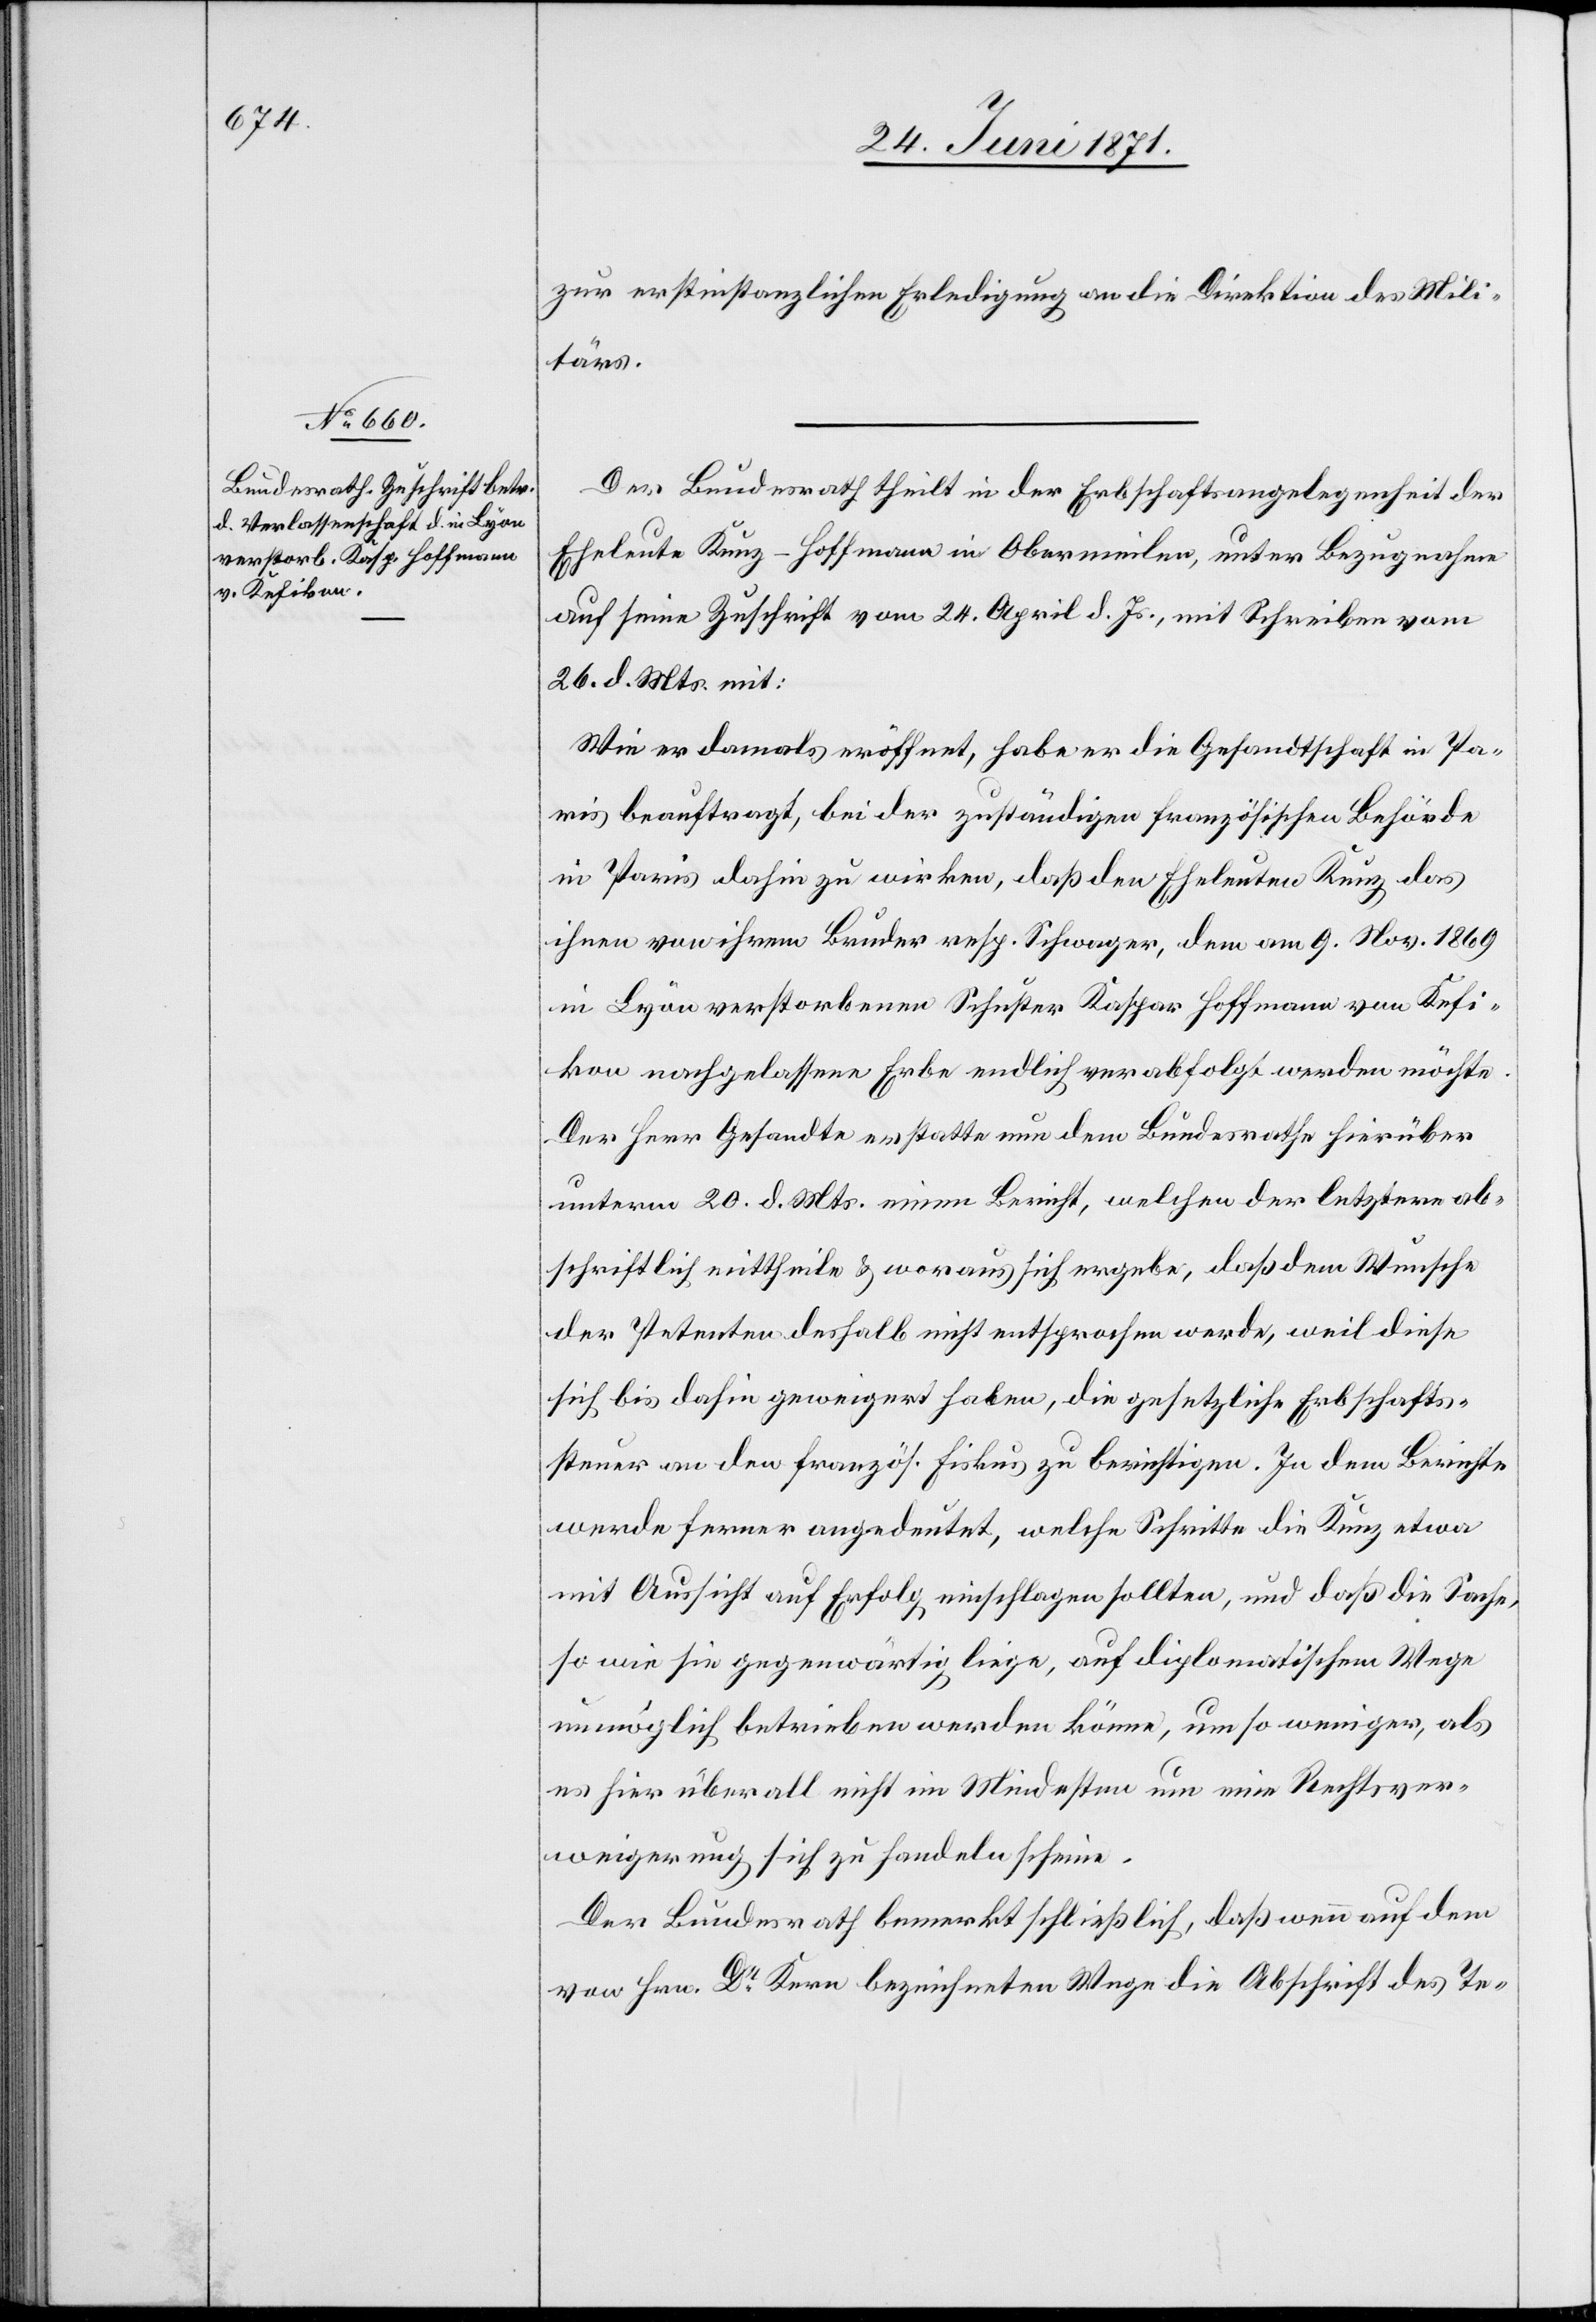
28. Juni 1871.]
zur erstinstanzlichen Erledigung an die Direktion des Mili¬
tärs.
Der Bundesrath theilt in der Erbschaftsangelegenheit der
Eheleute Kunz-Hoffmann in Obermeilen, unter Bezugnahme
auf seine Zuschrift vom 24. April d. Js., mit Schreiben vom
26. d. Mts. mit:
Wie er damals eröffnet, habe er die Gesandtschaft in Pa¬
ris beauftragt, bei der zuständigen französischen Behörde
in Paris dahin zu wirken, daß den Eheleuten Kunz das
ihnen von ihrem Bruder resp. Schwager, dem am 9. Nov. 1869
in Lyon verstorbenen Schuster Kaspar Hoffmann von Kefi¬
kon nachgelassene Erbe endlich verabfolgt werden möchte.
Der Herr Gesandte erstatte nun dem Bundesrathe hierüber
unterm 20. d. Mts. einen Bericht, welchen der letztere ab¬
schriftlich mittheile u. voraus sich ergebe, daß dem Wunsche
der Petenten deshalb nicht entsprochen werde, weil diese
sich bis dahin geweigert haben, die gesetzliche Erbschafts¬
teuer an den französ. Fiskus zu berichtigen. In dem Berichte
werden ferner angedeutet, welche Schritte die Kunz etwa
mit Aussicht auf Erfolge einschlagen sollten, und daß die Sache
so wie sie gegenwärtig liege, auf diplomatischem Wege
unmöglich betrieben werden könne, um so weniger, als
es hier überall nicht im Mindesten um eine Rechtsver¬
weigerung sich zu handeln scheine.
Der Bezirksrath bemerkt schließlich, daß wenn auf dem
von Hrn. Dr. Kern bezeichneten Wege die Abschrift des Te-